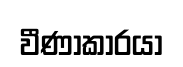
වීණාකාරයා